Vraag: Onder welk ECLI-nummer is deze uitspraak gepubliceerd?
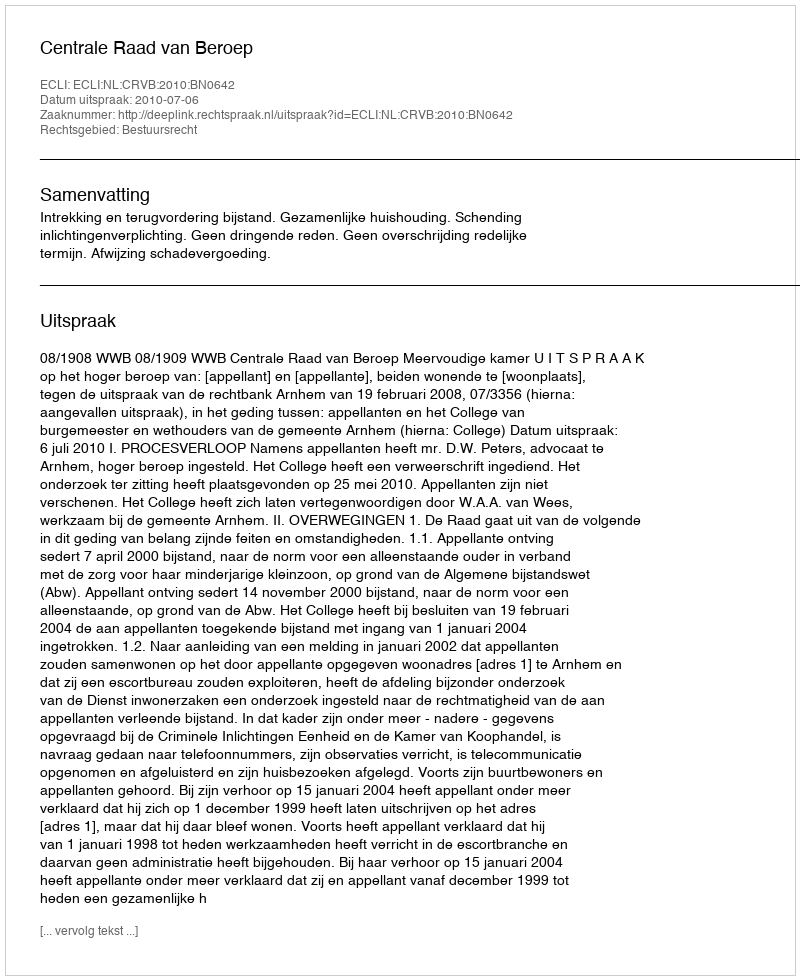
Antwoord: ECLI:NL:CRVB:2010:BN0642